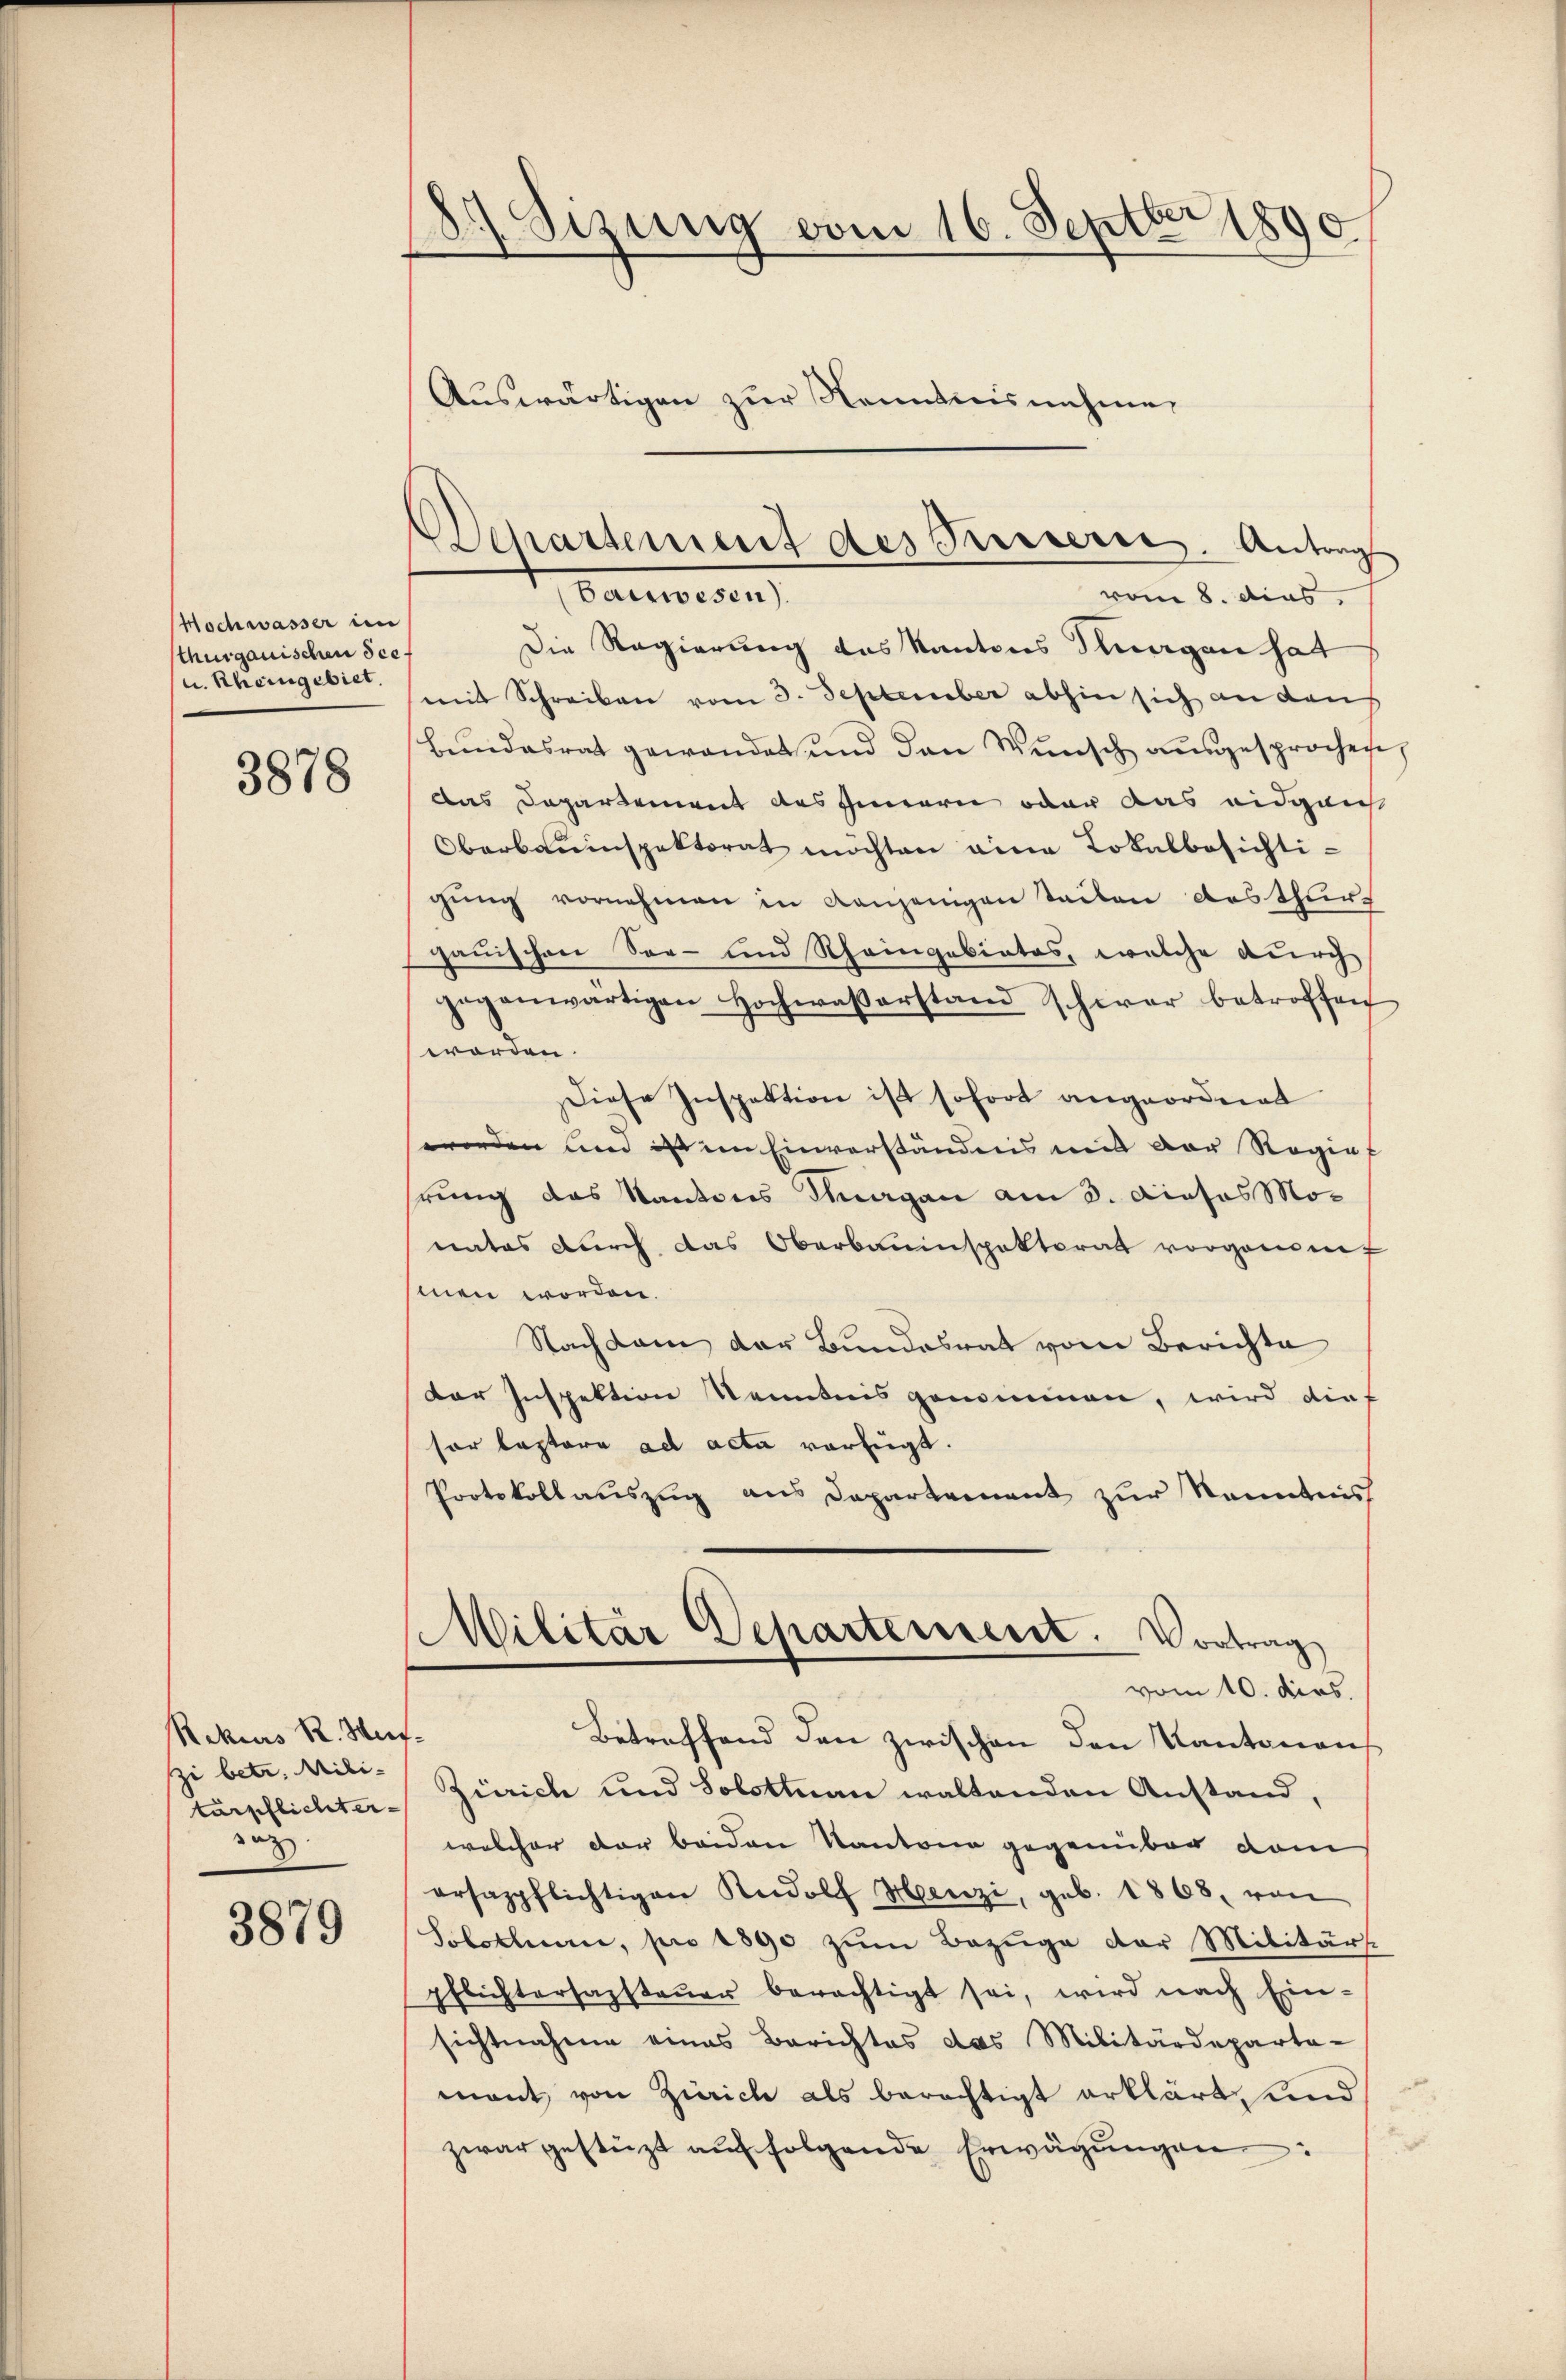
Hochwasser in
thurgauischen Sce
u. Rheingebiet.

3878

Rekurs R. Wurf-
zi betr. Mili-
tärpflichter-
oz

3879

Sizung vom 16. Septbr 1890
d
Auswärtigen zur Kenntnisnehme

Die Regierung das Kantons Hungen hat
mit Schreiben vom 3. September abhin sich an den
bundesrat gewandet und den Wunsch ausgesprochen
Das Departement des Innern oder das eidgais
Oberbauinspektorat möchten eine Lokalbesichti-
gŭng vornehmen in Kanzengen teilen des thur
gauischen Ser- und Rheingebietes, welche durch
gegenwärtigen Hochwasserstand schwar betroffen
worden.
Diese Inspektion ist sofort angeordnet
worden und ist im Einverständnis mit der Regiat
hrung das Kantons Thurgan am 3. Dieses Monates durch das Oberbauinspektorat vorganent
men worden.
Nach kam der Bundesrat vom Berichte
Dor Inspektion Kenntnis genommen, wird dief
sor Lastore ad acta verfügt.
Protokollauszug aus Departement zur Kenntnis
Militär Departement. Vortrag
vom 10. dies
Betreffend den zwischen den Kantonaus
Zürich und Solottnau waltenden Anstand,
welcher der beiden Kantone gegenüber dam
ersagpflichtigen Rudolf Henzi, geb. 1868, von
Solothurn, pro 1890 zŭm Bezüge der Militärs.
pflichterfassteŭer berechtigt sei, wird nach Ein-
sichtnahme eines Berichtes das Militärdeparta-
mant von Zürich als berechtigt erklärt, und
u
zwar gestüzt aŭf folgende Erwägŭngen:

Departement des Kreiserie. Antrag
Patieren
vom 8. dies